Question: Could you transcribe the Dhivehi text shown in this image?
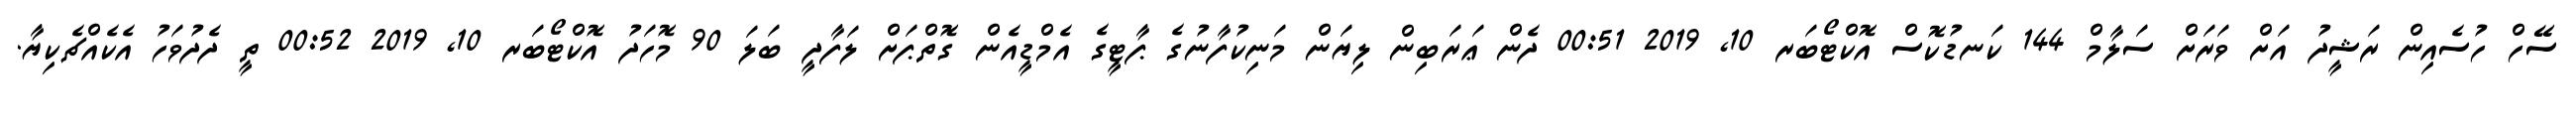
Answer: ސޭހް ހުސެއިން ރަޝީދު އަށް ވަރަށް ސަލާމް 144 ކަނޑުކޮސް އޮކްޓޯބަރ 10, 2019 00:51 ދެން ޢަރަބިން ލިޔަން މަނިކުފާނުގެ ޕާޓީގެ އެމްޑީއެން ގޮތްޕަށް ލަފާދީ ބަލަ 90 މޮހަދު އޮކްޓޯބަރ 10, 2019 00:52 ތީ ދެދުވަހު އެކެއްޗެކިޔާ.